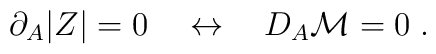
\partial_A |Z |= 0 \quad\leftrightarrow\quad D_A{\cal M}=0\;.